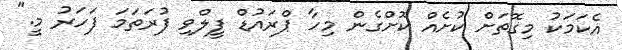
އެކަމަކު މިގޮތަށް ކުށެއް ކޮށްގެން މިހާ ޕްރައުޑް ފީލްވި ފުރަތަމަ ފަހަރު މީ."